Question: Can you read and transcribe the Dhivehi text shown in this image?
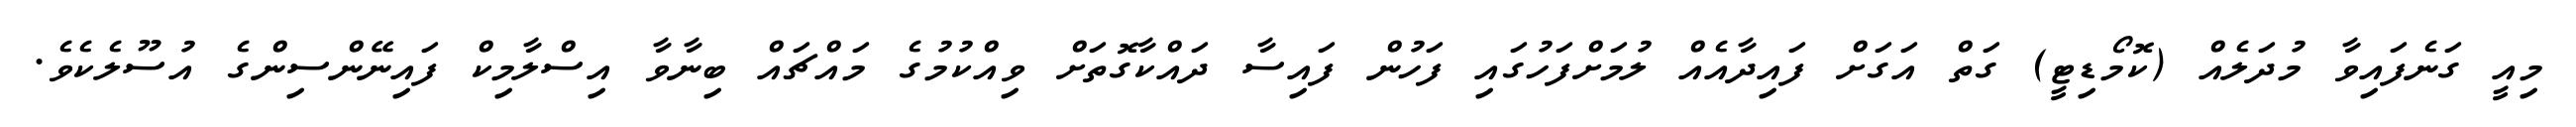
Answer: މިއީ ގަނެފައިވާ މުދަލެއް (ކޮމޯޑިޓީ) ގަތް އަގަށް ފައިދާއެއް ލުމަށްފަހުގައި ފަހުން ފައިސާ ދައްކާގޮތަށް ވިއްކުމުގެ މައްޗައް ބިނާވާ އިސްލާމިކް ފައިނޭންސިންގެ އުސޫލެކެވެ.